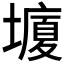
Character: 𰊸